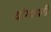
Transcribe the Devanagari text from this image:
योग्याशी